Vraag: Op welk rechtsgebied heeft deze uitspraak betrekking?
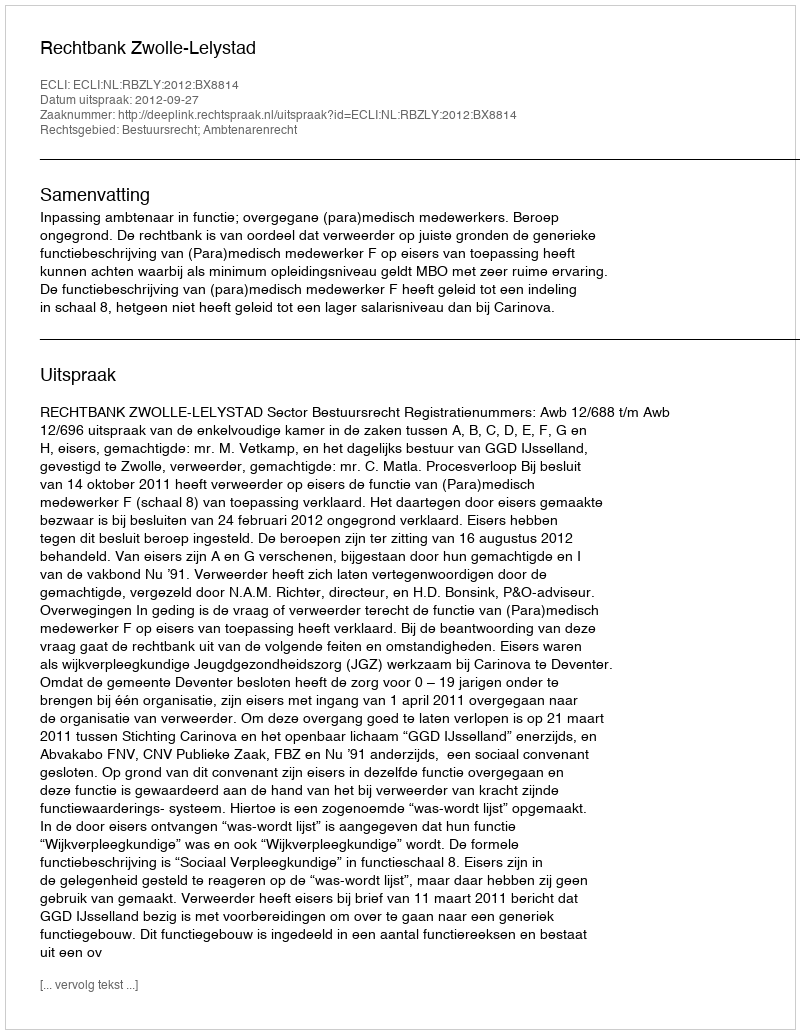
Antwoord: Bestuursrecht; Ambtenarenrecht